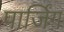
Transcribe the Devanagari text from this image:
पार्जिंग